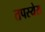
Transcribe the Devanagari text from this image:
तपस्येस